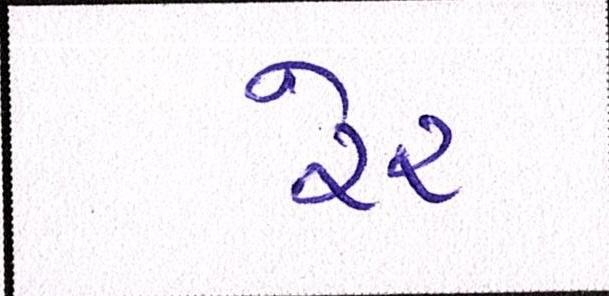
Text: રેર